Lunatic asylums Punjab 1881-1894 - 1881-1894
Year: 1881
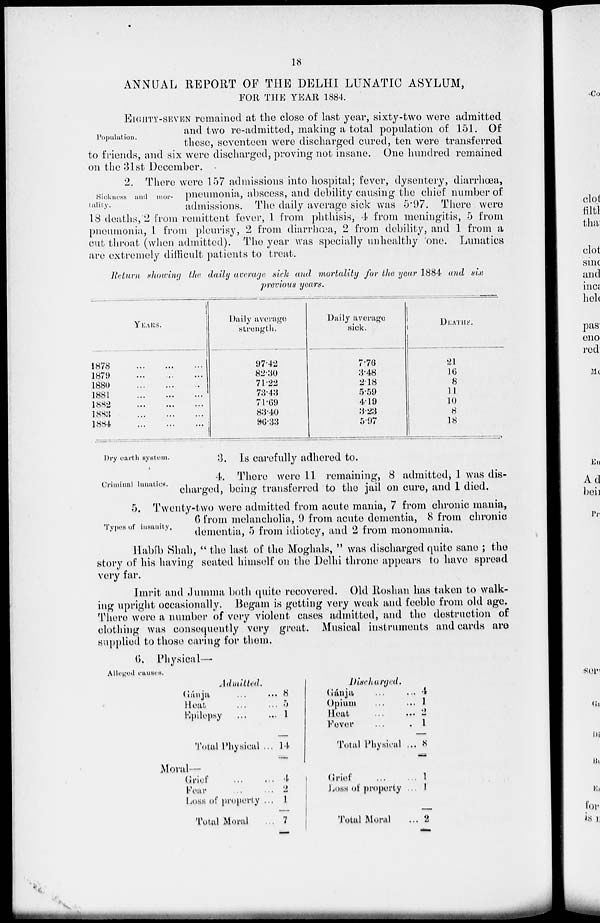
18
ANNUAL REPORT OF THE DELHI LUNATIC ASYLUM,
FOR THE YEAR 1884.
Population.
EIGHTY-SEVEN
remained at the close of last year, sixty-two were admitted
and two re-admitted, making a total population of 151. Of
these, seventeen were discharged cured, ten were transferred
to friends, and six were discharged, proving not insane. One hundred remained
on the 31st December.
Sickness and mor-
tality.
2. There were 157 admissions into hospital; fever, dysentery, diarrhœa,
pneumonia, abscess, and debility causing the chief number of
admissions. The daily average sick was 5.97. There were
18 deaths, 2 from remittent fever, 1 from phthisis, 4 from meningitis, 5 from
pneumonia, 1 from pleurisy, 2 from diarrhœa, 2 from debility, and 1 from a
cut throat (when admitted). The year was specially unhealthy one. Lunatics
are extremely difficult patients to treat.
Return showing the daily average sick and mortality for the year 1884 and six
previous years.
YEARS.
1878
...
...
...
1879
...
...
...
1880
...
...
...
1881
...
...
...
1882
...
...
...
1883
...
...
...
1884
...
...
...
Daily average
strength.
97.42
82.30
71.22
73.48
71.69
88.40
96.38
Daily average
sick.
7.76
3.48
2.18
5.59
4.19
3.23
5.97
DEATHS.
21
16
8
11
10
8
18
Dry earth system.
3. Is carefully adhered to.
Criminal lunaties.
4. There were 11 remaining, 8 admitted, 1 was dis-
charged, being transferred to the jail on cure, and 1 died.
Typos of insanity,
5. Twenty-two were admitted from acute mania, 7 from chronic mania,
6 from melancholia, 9 from acute dementia, 8 from chronic
dementia, 5 from idiotcy, and 2 from monomania.
Habíb Shah, " the last of the Moghals, " was discharged quite sane ; the
story of his having seated himself on the Delhi throne appears to have spread
very far.
Imrit and Jumma both quite recovered. Old Roshan has taken to walk-
ing upright occasionally. Begam is getting very weak and feeble from old age.
There were a number of very violent cases admitted, and the destruction of
clothing was consequently very great. Musical instruments and cards are
supplied to those caring for them.
6. Physical—
Alleged causes.
Admitted.
Gánja ...
Heat ...
Epilepsy ...
Total Physical
Moral—
Grief ...
Fear ...
Loss of property
Total Moral
... 8
... 5
... 1
... 14
... 4
... 2
... 1
...
7
Discharged.
Gánja ...
Opium ...
Heat ...
Fever ...
Total Physical
Grief ...
Loss of property
Total Moral
... 4
... 1
... 2
... 1
... 8
... 1
... 1
... 2